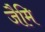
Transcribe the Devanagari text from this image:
जैमि